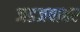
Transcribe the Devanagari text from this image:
जडजवाहर